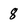
Character: 8